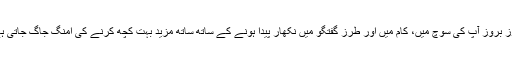
روز بروز آپ کی سوچ میں، کام میں اور طرزِ گفتگو میں نکھار پیدا ہونے کے ساتھ ساتھ مزید بہت کچھ کرنے کی اُمنگ جاگ جاتی ہے۔